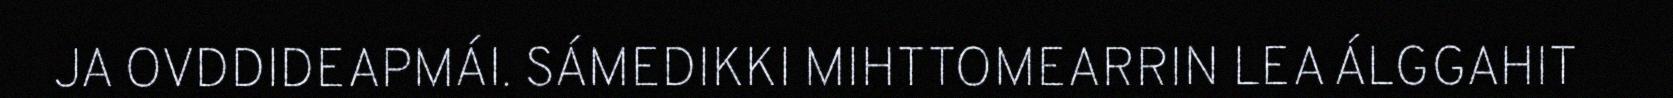
JA OVDDIDEAPMÁI. SÁMEDIKKI MIHTTOMEARRIN LEA ÁLGGAHIT